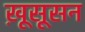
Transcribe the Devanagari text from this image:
ख़ूसूसन